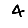
Digit: 4